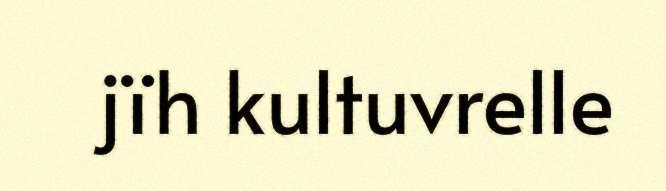
jïh kultuvrelle